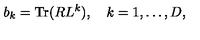
b _ { k } = \mathrm { T r } ( R L ^ { k } ) , \quad k = 1 , \ldots , D ,